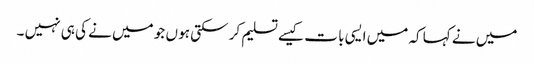
میں نے کہا کہ میں ایسی با ت کیسے تسلیم کر سکتی ہو ں جو میں نے کی ہی نہیں ۔